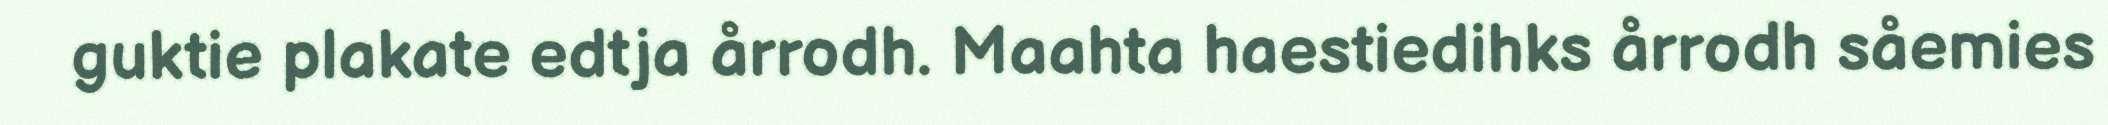
guktie plakate edtja årrodh. Maahta haestiedihks årrodh såemies